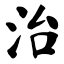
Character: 治